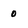
Character: 0